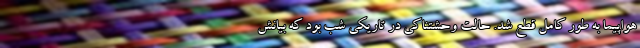
هواپیما به طور کامل قطع شد. حالت وحشتناکی در تاریکی شب بود که بیانش